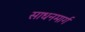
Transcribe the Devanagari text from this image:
साधनमार्ग